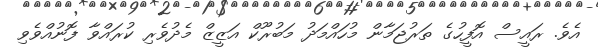
އެވެ. ރައީސް އޮފީހުގެ ތަރުޖަމާން މުހައްމަދު މަބުރޫކް އަޒީޒް މެދުވެރި ކުރައްވާ ފޮނުއްވެވި